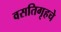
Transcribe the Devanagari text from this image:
वसतिगृहचे